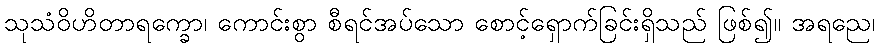
သုသံဝိဟိတာရက္ခော၊ ကောင်းစွာ စီရင်အပ်သော စောင့်ရှောက်ခြင်းရှိသည် ဖြစ်၍။ အရညေ၊